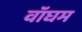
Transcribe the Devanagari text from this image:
वॉघम